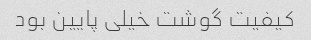
کیفیت گوشت خیلی پایین بود